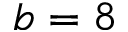
b = 8